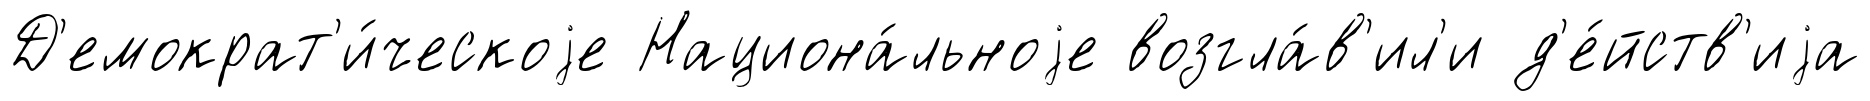
Д'емократ'и́ческоjе Национа́льноjе возгла́в'ил'и д'е́йств'иjа